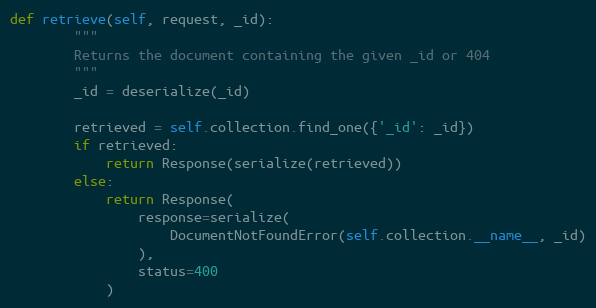
Language: Python
def retrieve(self, request, _id):
        """
        Returns the document containing the given _id or 404
        """
        _id = deserialize(_id)

        retrieved = self.collection.find_one({'_id': _id})
        if retrieved:
            return Response(serialize(retrieved))
        else:
            return Response(
                response=serialize(
                    DocumentNotFoundError(self.collection.__name__, _id)
                ),
                status=400
            )